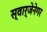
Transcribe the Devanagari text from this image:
स्वार्जेनेगर